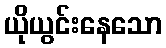
ယိုယွင်းနေသော